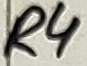
Text: R4